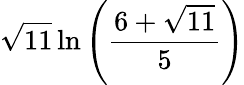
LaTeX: {\sqrt{11}}\ln\left({\frac{6+{\sqrt{11}}}{5}}\right)